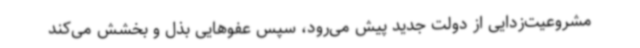
مشروعیت‌زدایی از دولت جدید پیش می‌رود، سپس عفوهایی بذل و بخشش‌ می‌کند